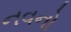
નવનો